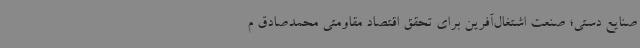
صنایع دستی؛ صنعت اشتغال‌آفرین برای تحقق اقتصاد مقاومتی محمدصادق م